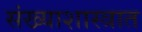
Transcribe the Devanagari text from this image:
संख्याशास्त्रात